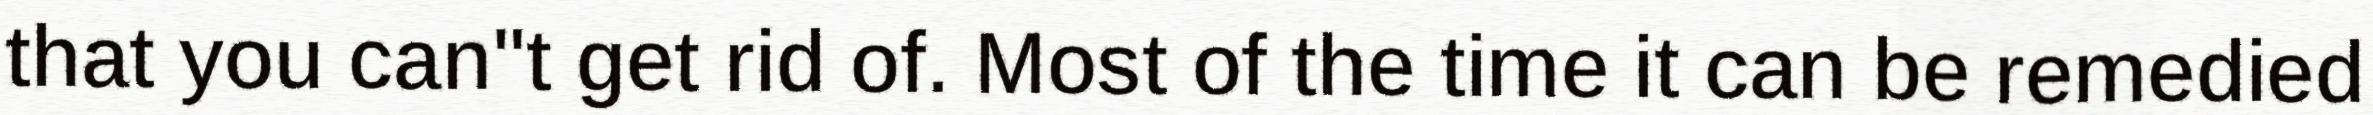
that you can"t get rid of. Most of the time it can be remedied